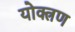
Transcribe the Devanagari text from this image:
योक्त्रण